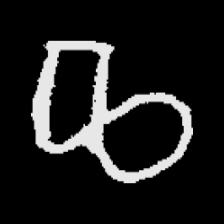
Pyu character \u2014 Myanmar letter: ဆ (romanized: cha)